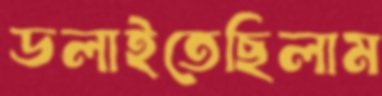
ডলাইতেছিলাম